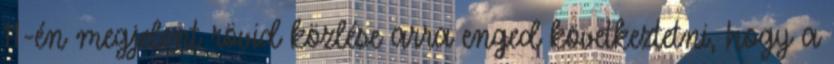
11-én megjelent rövid közlése arra enged következtetni, hogy a